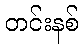
တင်းနစ်